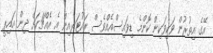
އޭގެ އިތުރުން ވަކިވަކިން ކޮންމެ ޑިވައިސްއެއްވެސް ރައުޓަރއިން އެ އެއްޗަކަށް ދިން އައިޕީ